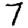
Digit: 7